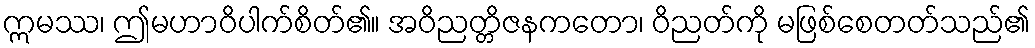
ဣမဿ၊ ဤမဟာဝိပါက်စိတ်၏။ အဝိညတ္တိဇနကတော၊ ဝိညတ်ကို မဖြစ်စေတတ်သည်၏